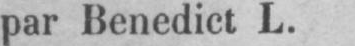
par Benedict L.